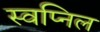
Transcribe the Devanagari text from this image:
स्‍वप्निल